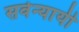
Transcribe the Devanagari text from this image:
सर्वन्यायी